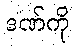
ဒဏ်ကို